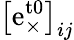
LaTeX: \left[\mathrm{e}_{\times}^{\mathrm{t0}}\right]_{ij}